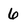
Character: 6